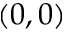
( 0 , 0 )